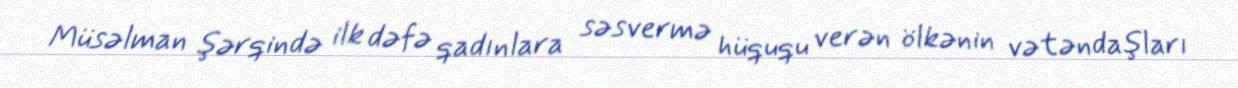
Müsəlman şərqində ilk dəfə qadınlara səsvermə hüququ verən ölkənin vətəndaşları